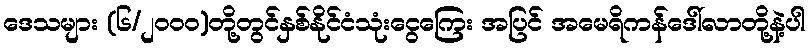
ဒေသများ (၆/၂၀၀၀)တို့တွင်နှစ်နိုင်ငံသုံးငွေကြေး အပြင် အမေရိကန်ဒေါ်လာတို့နဲ့ပါ